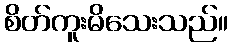
စိတ်ကူးမိသေးသည်။